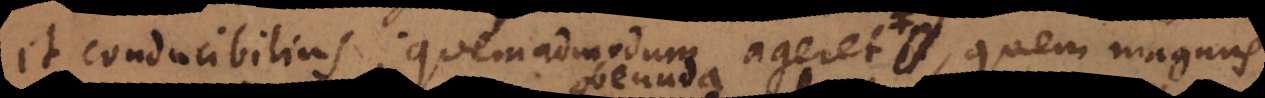
et conducibilius; quemadmodum ageret vir acer